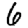
Digit: 6